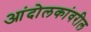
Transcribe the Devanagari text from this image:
आंदोलकांवरील